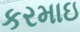
કરમાઇ